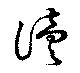
讀